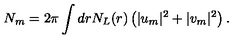
N _ { m } = 2 \pi \int d r N _ { L } ( r ) \left( | u _ { m } | ^ { 2 } + | v _ { m } | ^ { 2 } \right) .